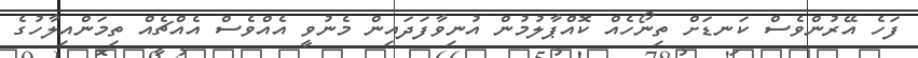
ފަހެ އޭރުންވެސް ކަނޑަށް ތިނޯހެއް ކޮއްޕާލުމުން އުނިވާފަދައިން މެނުވީ އެއްވެސް އެއްޗެއް ތިމަންއިލާހުގެ